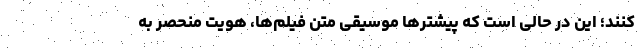
‌کنند؛ این در حالی است که پیشترها موسیقی متن فیلم‌ها، هویت منحصر به